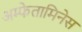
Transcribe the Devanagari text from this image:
अम्फेतामिनेस